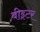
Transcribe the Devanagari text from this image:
बीइटर